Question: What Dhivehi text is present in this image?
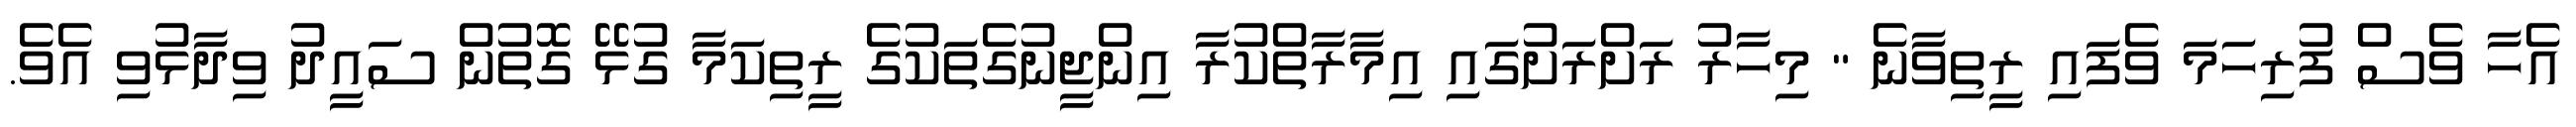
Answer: އެހާ ވެސް ފުރިހަމަ ވެފައި ރީތިވާނެ " މިހާރު ރަށްރަށުގައި އިމާރާތްކުރާ އިންޖީނުގެތަކުގެ ރީތިކަމާ ގުޅޭ ގޮތުން ސައީދު ވިދާޅުވި އެވެ.